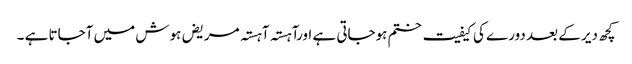
کچھ دیر کے بعد دورے کی کیفیت ختم ہوجاتی ہے اورآہستہ آہستہ مریض ہوش میں آجاتا ہے ۔